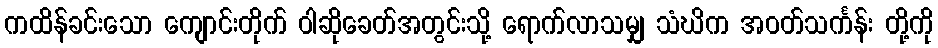
ကထိန်ခင်းသော ကျောင်းတိုက် ဝါဆိုခေတ်အတွင်းသို့ ရောက်လာသမျှ သံဃိက အဝတ်သင်္ကန်း တို့ကို